Civil Veterinary Dept. Bombay admin report 1907-1913 - 1907-1913
Year: 1907
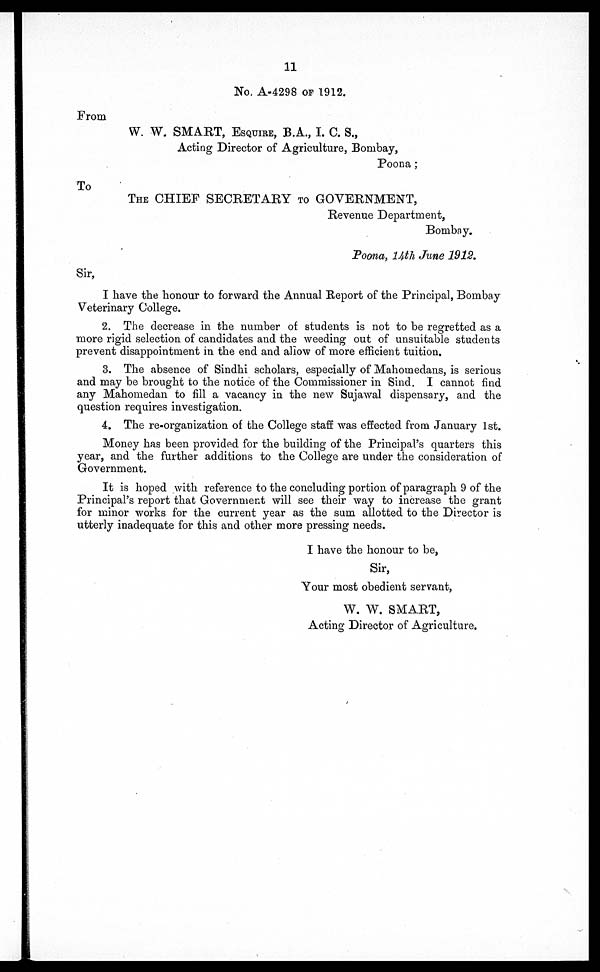
11
No. A-4298 OF 1912.
From
W. W. SMART, ESQUIRE, B.A., I. C. S.,
Acting Director of Agriculture, Bombay,
Poona;
To
The CHIEF SECRETARY TO GOVERNMENT,
Revenue Department,
Bombay.
Poona, 14th June 1912.
Sir,
I have the honour to forward the Annual Report of the Principal, Bombay
Veterinary College.
2. The decrease in the number of students is not to be regretted as a
more rigid selection of candidates and the weeding out of unsuitable students
prevent disappointment in the end and allow of more efficient tuition.
3. The absence of Sindhi scholars, especially of Mahomedans, is serious
and may be brought to the notice of the Commissioner in Sind. I cannot find
any Mahomedan to fill a vacancy in the new Sujawal dispensary, and the
question requires investigation.
4. The re-organization of the College staff was effected from January 1st.
Money has been provided for the building of the Principal's quarters this
year, and the further additions to the College are under the consideration of
Government.
It is hoped with reference to the concluding portion of paragraph 9 of the
Principal's report that Government will see their way to increase the grant
for minor works for the current year as the sum allotted to the Director is
utterly inadequate for this and other more pressing needs.
I have the honour to be,
Sir,
Your most obedient servant,
W. W. SMART,
Acting Director of Agriculture.